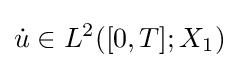
{\dot {u}}\in L^{2}([0,T];X_{1})